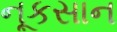
નૂકસાન